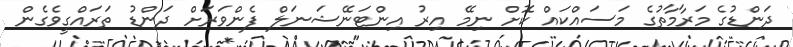
ދަންޑުގެ މަރާމާތުގެ މަސައްކައް ކޮށް ނިމޭ އިރު އިންޓަނޭޝަނަލް ފެންވަރަށް ދަންޑު ތަރައްގީވެގެން